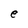
Character: e